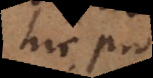
hic pro